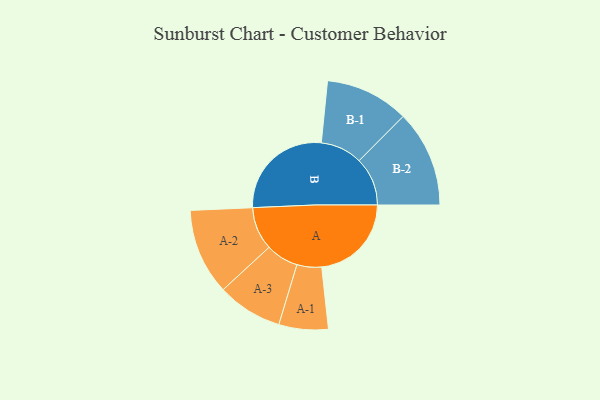
{"axis": {"x": "Segment", "y": "Value"}, "legend": ["", "A", "B"], "data": [{"x": "A", "y": 371, "type": ""}, {"x": "B", "y": 435, "type": ""}, {"x": "A-1", "y": 102, "type": "A"}, {"x": "A-2", "y": 178, "type": "A"}, {"x": "A-3", "y": 135, "type": "A"}, {"x": "B-1", "y": 173, "type": "B"}, {"x": "B-2", "y": 200, "type": "B"}]}